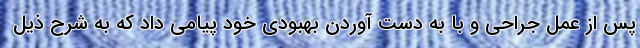
پس از عمل جراحی و با به دست آوردن بهبودی خود پیامی داد که به شرح ذیل